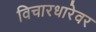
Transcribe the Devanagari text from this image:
विचारधारेवर